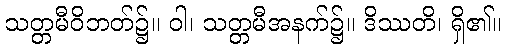
သတ္တမီဝိဘတ်၌။ ဝါ၊ သတ္တမီအနက်၌။ ဒိဿတိ၊ ရှိ၏။